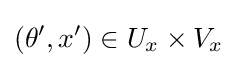
(\theta ',x')\in U_{x}\times V_{x}